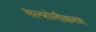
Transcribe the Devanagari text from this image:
सल्फोनीकरण